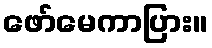
ဖော်မေကာပြား။